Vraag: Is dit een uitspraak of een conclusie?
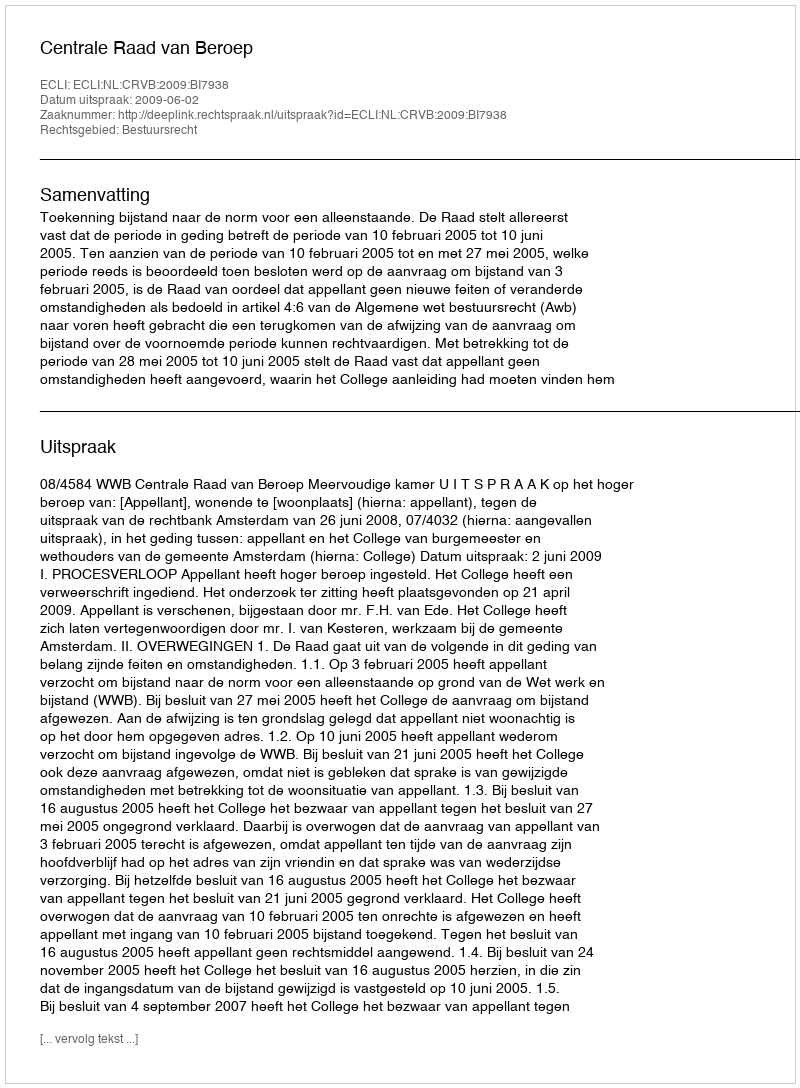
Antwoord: Uitspraak